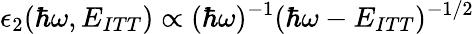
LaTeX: \epsilon_{2}(\hbar\omega,E_{ITT})\propto(\hbar\omega)^{-1}(\hbar\omega-E_{ITT})^{-1/2}